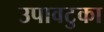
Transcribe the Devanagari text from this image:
उपावटुका